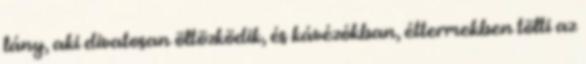
lány, aki divatosan öltözködik, és kávézókban, éttermekben tölti az